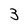
Character: 3